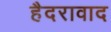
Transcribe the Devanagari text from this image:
हैदरावाद